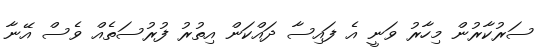
ސަރުކާރުން މިހާރު ވަނީ އެ ފައިސާ ދައްކަން އިތުރު ފުރުސަތެއް ވެސް އޭނާ